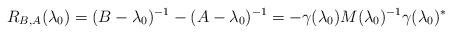
LaTeX: \begin{align*}R_{B,A}(\lambda_0) = (B - \lambda_0 )^{-1}-(A - \lambda_0)^{-1} = -\gamma(\lambda_0)M(\lambda_0)^{-1} \gamma(\lambda_0)^*\end{align*}